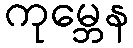
ကုမ္ဘေန